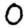
Digit: 0